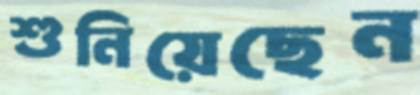
শুনিয়েছেন